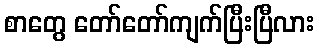
စာတွေ တော်တော်ကျက်ပြီးပြီလား